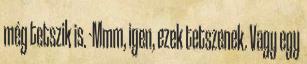
még tetszik is. -Mmm, igen, ezek tetszenek. Vagy egy